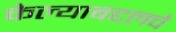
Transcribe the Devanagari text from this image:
केल्याबद्दलचे